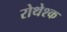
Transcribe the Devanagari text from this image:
रोथेश्क